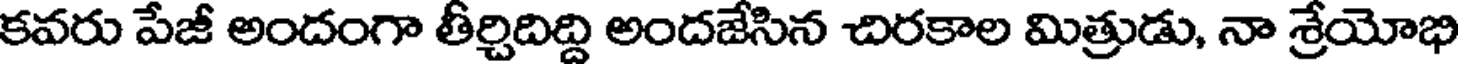
కవరు పేజీ అందంగా తీర్చిదిద్ది అందజేసిన చిరకాల మిత్రుడు, నా శ్రేయోభి